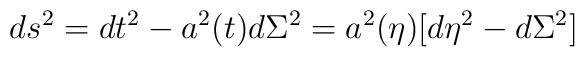
ds^2= dt^2 - a^2(t) d \Sigma^2 =  a^2(\eta) [d \eta^2 - d\Sigma^2]